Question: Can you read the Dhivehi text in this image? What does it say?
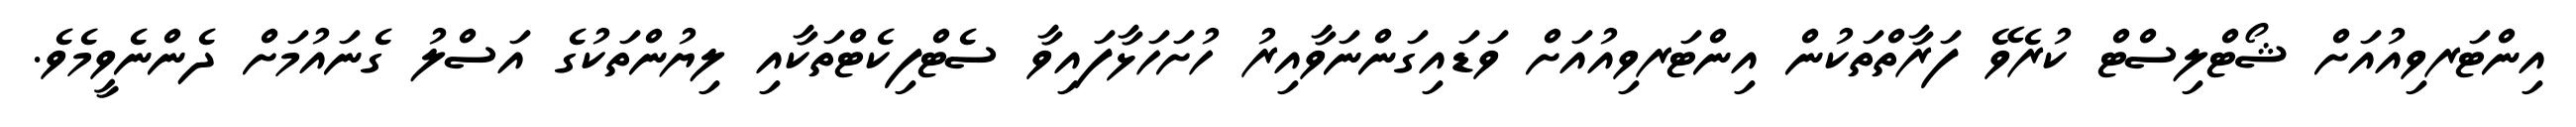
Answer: އިންޓަރވިއުއަށް ޝޯޓްލިސްޓް ކުރެވޭ ފަރާތްތަކުން އިންޓަރވިއުއަށް ވަޑައިގަންނަވާއިރު ހުށަހަޅާފައިވާ ސެޓްފިކެޓްތަކާއި ލިޔުންތަކުގެ އަސްލު ގެނައުމަށް ދެންނެވީމެވެ.